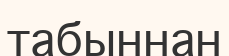
табыннан